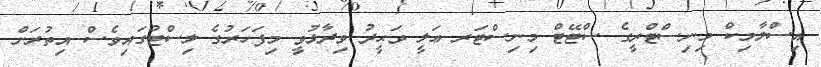
އިސްލާމިކް މިނިސްޓްރީގެ ސްޓޭޓް މިނިސްޓަރ ޢަލީ ވަޙީދު ވިދާޅުވީ މިފަހަރުގެ ލިސްޓުގައިވެސް އިތުރަށް